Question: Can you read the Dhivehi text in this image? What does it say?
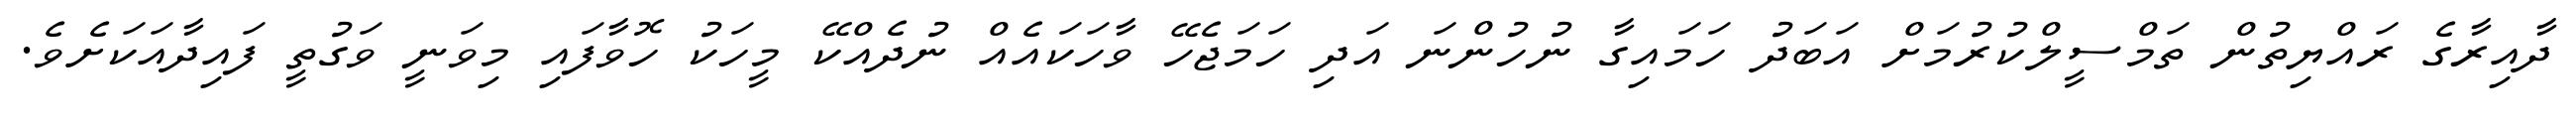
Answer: ދާއިރާގެ ރައްޔިތުން ތަމްސީލްކުރުމަށް އަބަދު ހަމައިގާ ނުހުންނަ އަދި ހަމަޖެހޭ ވާހަކައެއް ނުދެއްކޭ މީހަކު ހޮވާފައި މިވަނީ ވަގުތީ ފައިދާއަކަށެވެ.